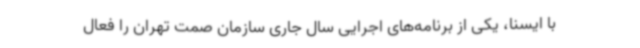
با ایسنا، یکی از برنامه‌های اجرایی سال جاری سازمان صمت تهران را فعال